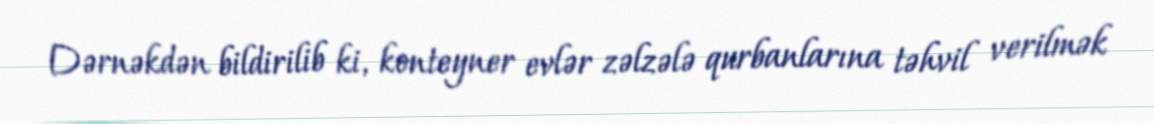
Dərnəkdən bildirilib ki, konteyner evlər zəlzələ qurbanlarına təhvil verilmək